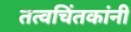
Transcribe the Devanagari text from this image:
तत्वचिंतकांनी